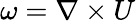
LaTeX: \omega=\nabla\times U